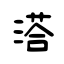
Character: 溚